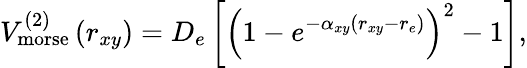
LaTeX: V_{\mathrm{morse}}^{(2)}\left(r_{xy}\right)=D_{e}\left[\left(1-e^{-\alpha_{xy}\left(r_{xy}-r_{e}\right)}\right)^{2}-1\right],